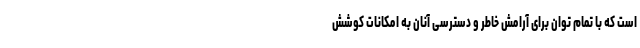
است که با تمام توان برای آرامش خاطر و دسترسی آنان به امکانات کوشش